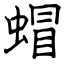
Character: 蝐